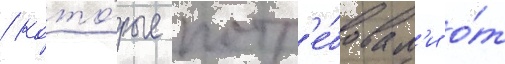
/ кото́рые потр'е́бовал'и о́т